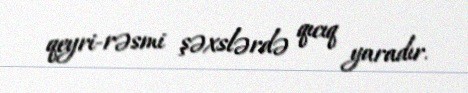
qeyri-rəsmi şəxslərdə qıcıq yaradır.